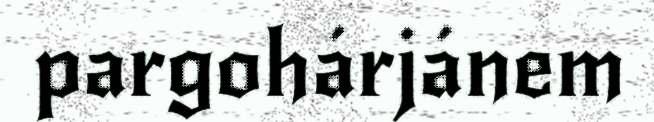
pargohárjánem